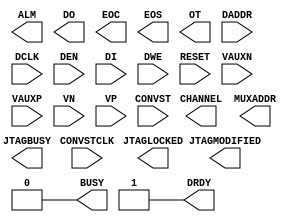
`timescale 1ps / 1ps

module XADC (
        ALM,
        BUSY,
        CHANNEL,
        DO,
        DRDY,
        EOC,
        EOS,
        JTAGBUSY,
        JTAGLOCKED,
        JTAGMODIFIED,
        MUXADDR,
        OT,
        CONVST,
        CONVSTCLK,
        DADDR,
        DCLK,
        DEN,
        DI,
        DWE,
        RESET,
        VAUXN,
        VAUXP,
        VN,
        VP

);

  output BUSY;
  output DRDY;
  output EOC;
  output EOS;
  output JTAGBUSY;
  output JTAGLOCKED;
  output JTAGMODIFIED;
  output OT;
  output [15:0] DO;
  output [7:0] ALM;
  output [4:0] CHANNEL;
  output [4:0] MUXADDR;

  input CONVST;
  input CONVSTCLK;
  input DCLK;
  input DEN;
  input DWE;
  input RESET;
  input VN;
  input VP;
  input [15:0] DI;
  input [15:0] VAUXN;
  input [15:0] VAUXP;
  input [6:0] DADDR;

  parameter  [15:0] INIT_40 = 16'h0;
  parameter  [15:0] INIT_41 = 16'h0;
  parameter  [15:0] INIT_42 = 16'h0800;
  parameter  [15:0] INIT_43 = 16'h0;
  parameter  [15:0] INIT_44 = 16'h0;
  parameter  [15:0] INIT_45 = 16'h0;
  parameter  [15:0] INIT_46 = 16'h0;
  parameter  [15:0] INIT_47 = 16'h0;
  parameter  [15:0] INIT_48 = 16'h0;
  parameter  [15:0] INIT_49 = 16'h0;
  parameter  [15:0] INIT_4A = 16'h0;
  parameter  [15:0] INIT_4B = 16'h0;
  parameter  [15:0] INIT_4C = 16'h0;
  parameter  [15:0] INIT_4D = 16'h0;
  parameter  [15:0] INIT_4E = 16'h0;
  parameter  [15:0] INIT_4F = 16'h0;
  parameter  [15:0] INIT_50 = 16'h0;
  parameter  [15:0] INIT_51 = 16'h0;
  parameter  [15:0] INIT_52 = 16'h0;
  parameter  [15:0] INIT_53 = 16'h0;
  parameter  [15:0] INIT_54 = 16'h0;
  parameter  [15:0] INIT_55 = 16'h0;
  parameter  [15:0] INIT_56 = 16'h0;
  parameter  [15:0] INIT_57 = 16'h0;
  parameter  [15:0] INIT_58 = 16'h0;
  parameter  [15:0] INIT_59 = 16'h0;
  parameter  [15:0] INIT_5A = 16'h0;
  parameter  [15:0] INIT_5B = 16'h0;
  parameter  [15:0] INIT_5C = 16'h0;
  parameter  [15:0] INIT_5D = 16'h0;
  parameter  [15:0] INIT_5E = 16'h0;
  parameter  [15:0] INIT_5F = 16'h0;

   assign BUSY = 1'b0;
   assign DRDY = 1'b1;

endmodule